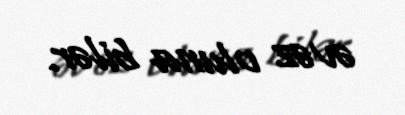
əvəz oluna bilər.